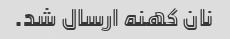
نان کهنه ارسال شد.